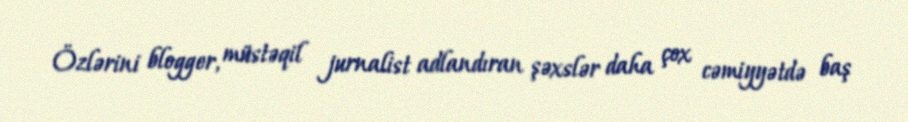
Özlərini blogger, müstəqil jurnalist adlandıran şəxslər daha çox cəmiyyətdə baş